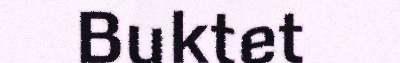
Buktet